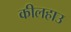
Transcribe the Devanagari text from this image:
कीलहाउ